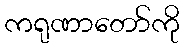
ကရုဏာတော်ကို